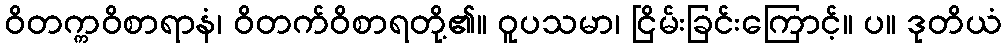
ဝိတက္ကဝိစာရာနံ၊ ဝိတက်ဝိစာရတို့၏။ ဝူပသမာ၊ ငြိမ်းခြင်းကြောင့်။ ပ။ ဒုတိယံ